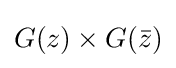
G(z)\times G({\bar {z}})